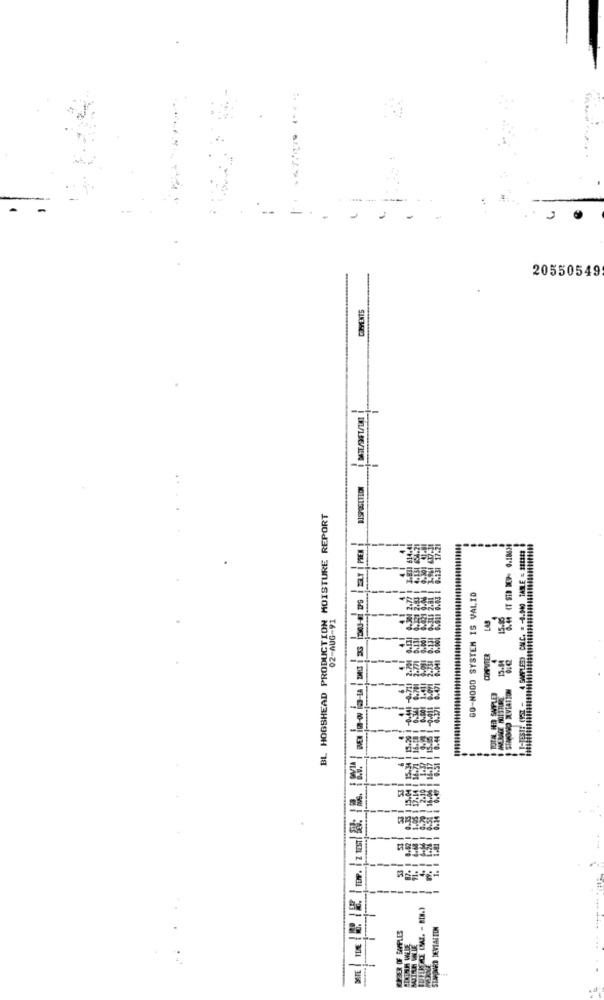
20550549
COMMENTS
DISPOSITION
BL HOGSHEAD PRODUCTION MOISTURE REPORT
WIPE OFF -4 SVELED CHIC. = 4.00 TAMLE = #####8
GO-NOGO SYSTEM IS VALID
02-AUG-91
15.
STANNONO XEVIATION
WEBER OF SAMPLES
SUPPORT DEVIATION